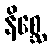
နိစ္ဆေ